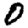
Digit: 0